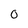
Character: O